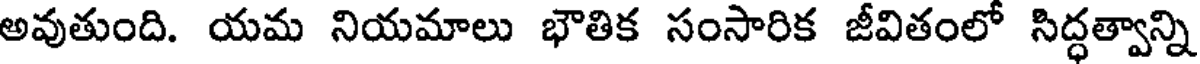
అవుతుంది. యమ నియమాలు భౌతిక సంసారిక జీవితంలో సిద్ధత్వాన్ని